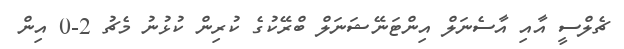
ޗެލްސީ އާއި އާސެނަލް އިންޓަނޭޝަނަލް ބްރޭކުގެ ކުރިން ކުޅުނު މެޗު 2-0 އިން